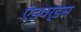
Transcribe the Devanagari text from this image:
ऍडवर्डस